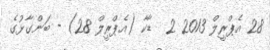
28 އެޕްރީލް 2013 2  ޑާކާ (އެޕްރީލް 28) - ބަންގާޅުގެ